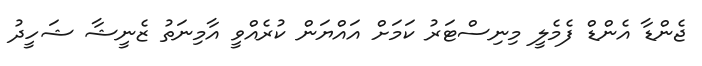
ޖެންޑާ އެންޑް ފެމެލީ މިނިސްޓަރު ކަމަށް އައްޔަން ކުރެއްވީ އާމިނަތު ޒެނީޝާ ޝަހީދު